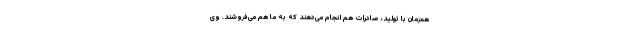
همزمان با تولید، صادرات هم انجام می‌دهند که به ما هم می‌فروشند. وی